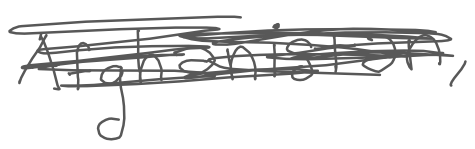
Text: Afghanistan,
Cross-out: mix
Writing tool: digital_gray